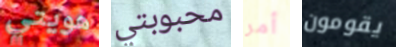
هويتي محبوبتي أمر يقومون